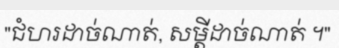
"ជំហរដាច់ណាត់, សម្តីដាច់ណាត់ ។"